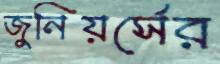
জুনিয়র্সের